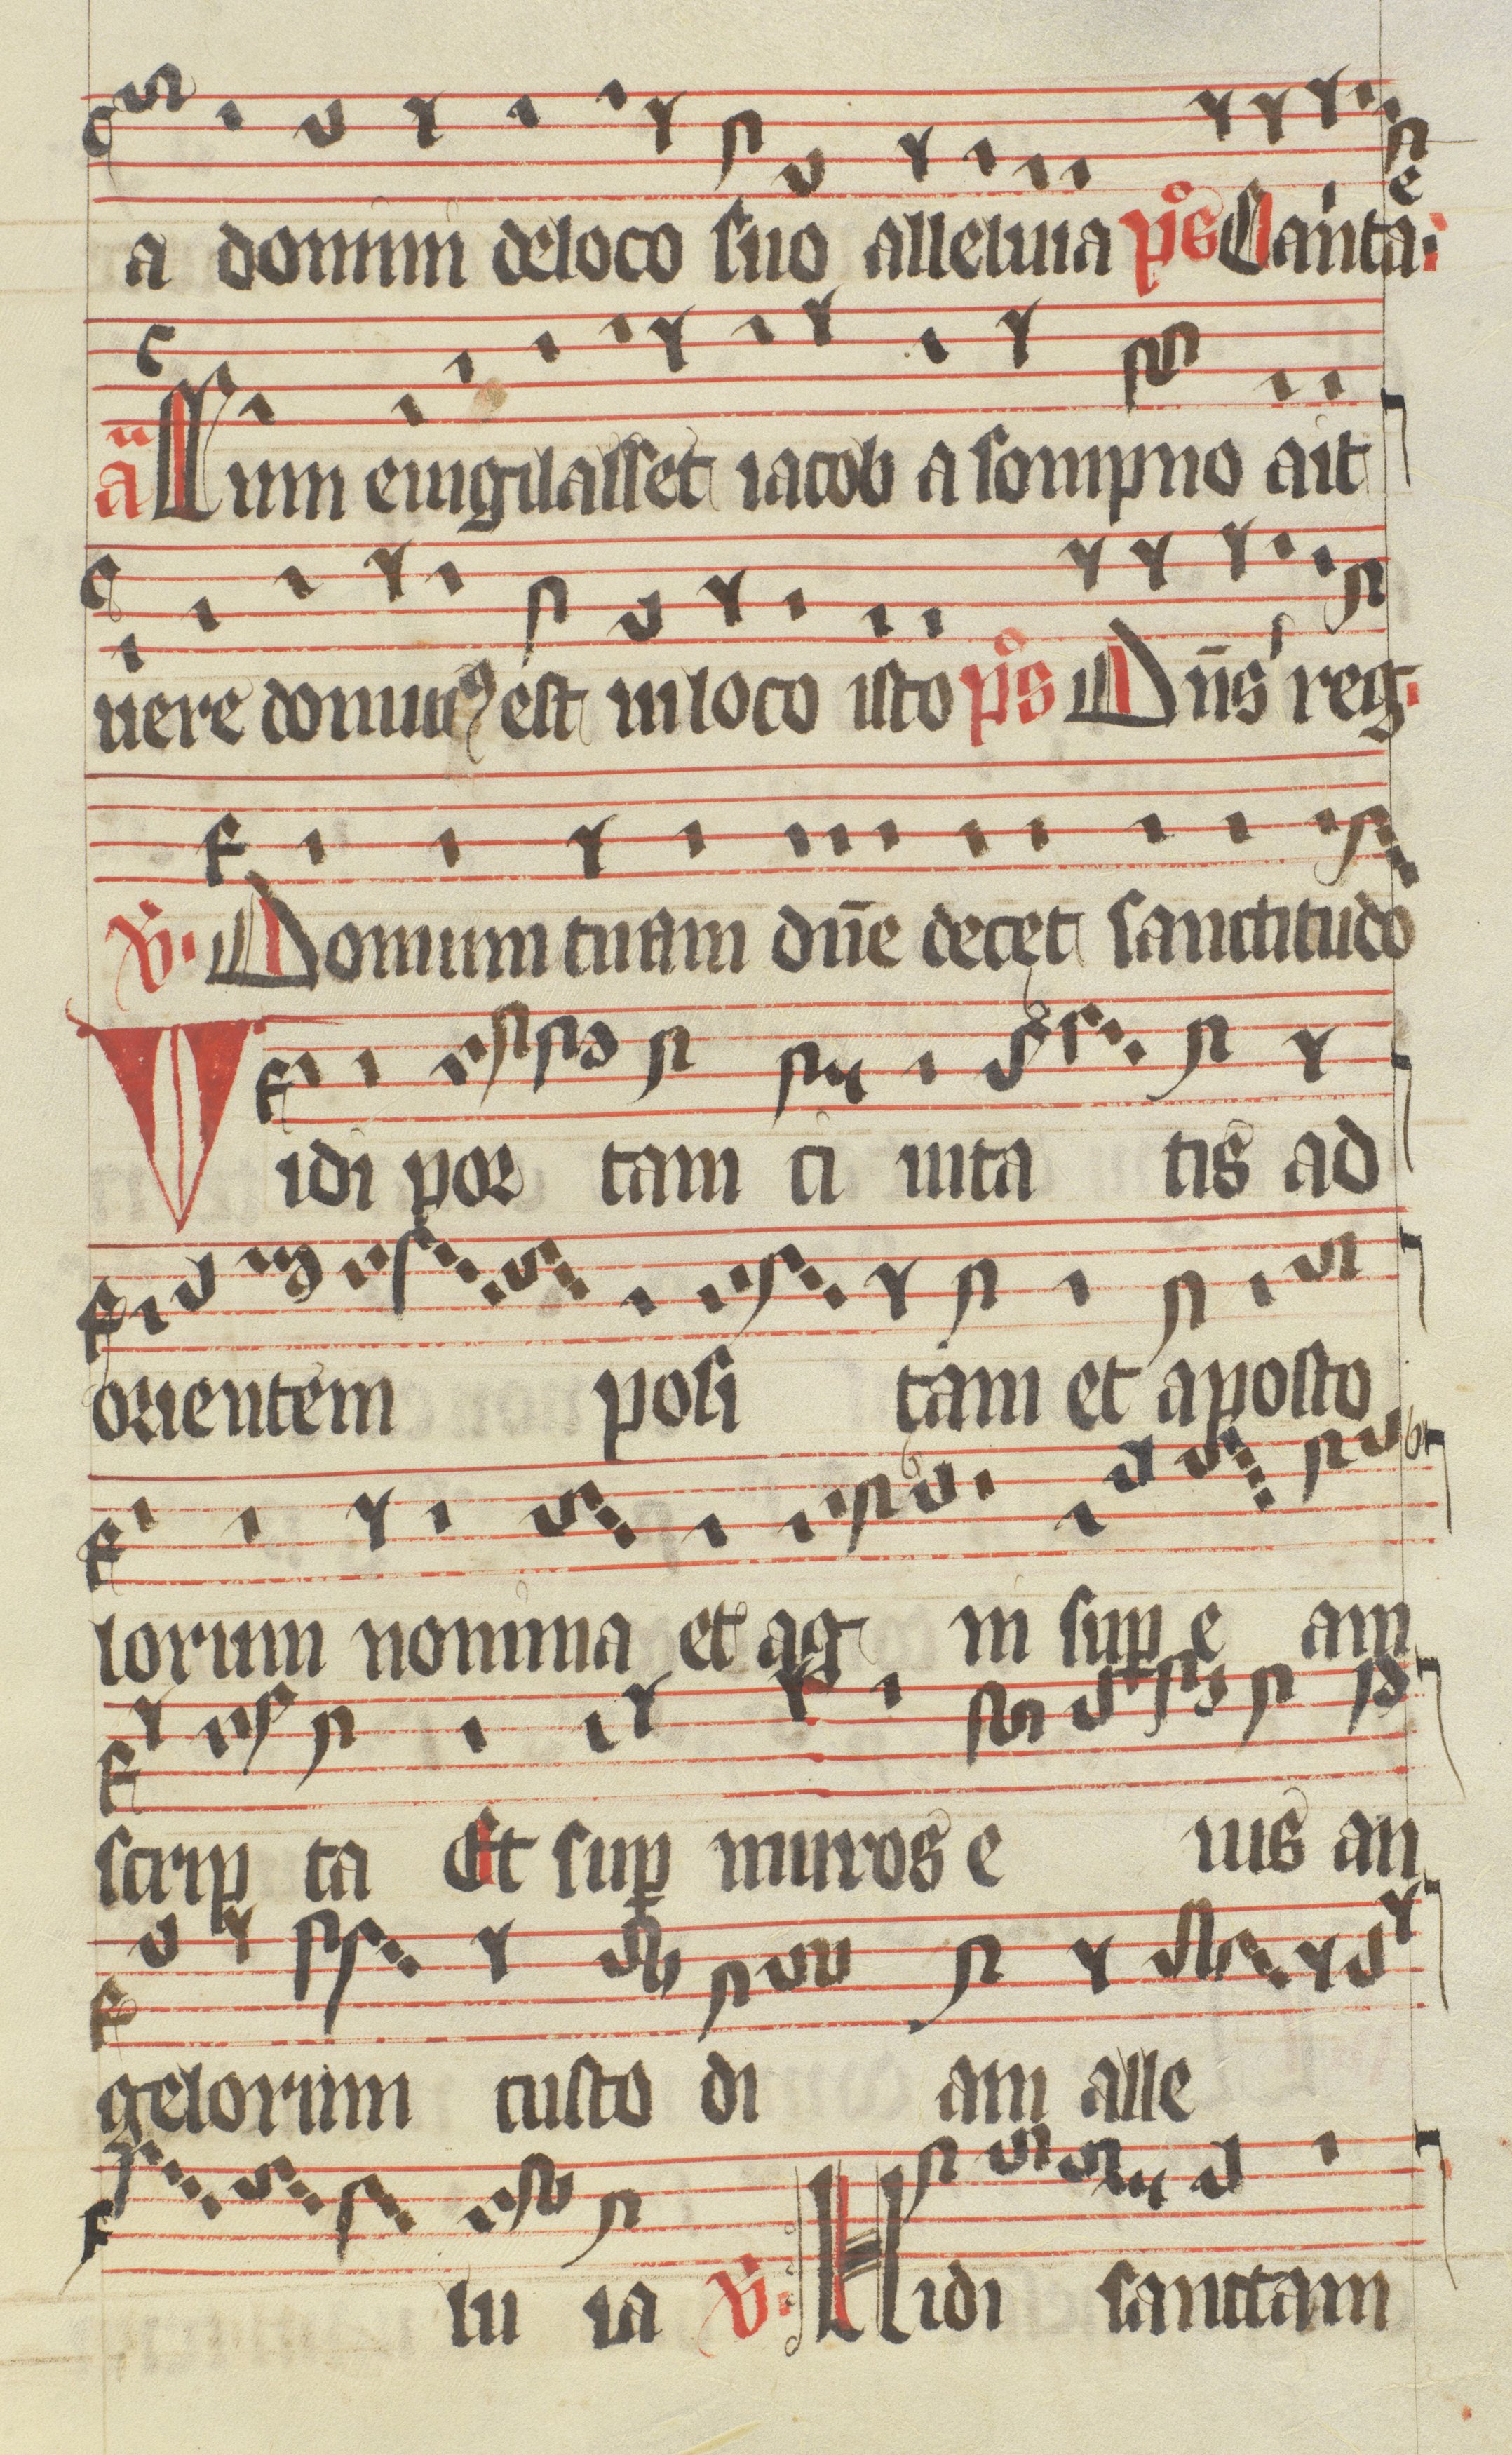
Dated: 1400–1499